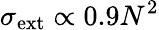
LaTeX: \sigma_{\mathrm{ext}}\propto 0.9N^{2}